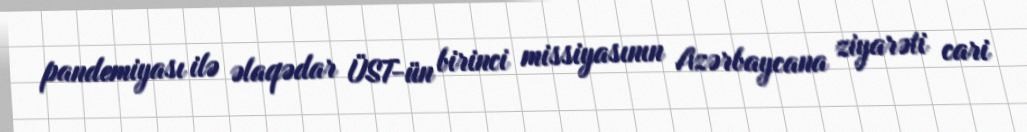
pandemiyası ilə əlaqədar ÜST-ün birinci missiyasının Azərbaycana ziyarəti cari